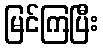
မြင်ကြပြီး